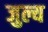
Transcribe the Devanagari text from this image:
जुल्य